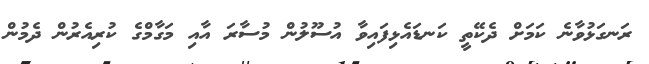
ރަނގަޅުވާނެ ކަމަށް ދެކޭތީ ކަނޑައެޅިފައިވާ އުސޫލުން މުސާރަ އާއި މަގާމްގެ ކުރިއެރުން ދެމުން